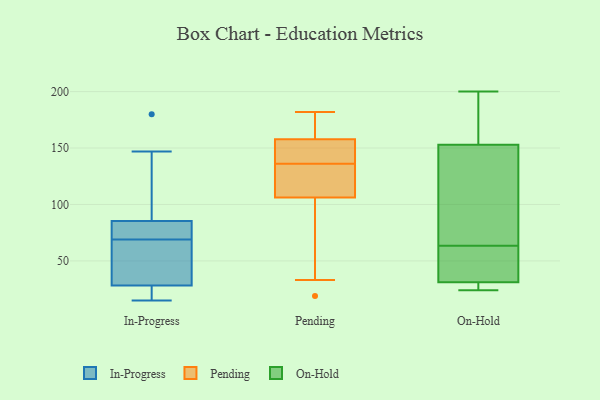
{"axis": {"x": "Market Share (%)", "y": "Value"}, "legend": ["In-Progress", "On-Hold", "Pending"], "data": [{"x": "", "y": 180, "type": "In-Progress"}, {"x": "", "y": 74, "type": "In-Progress"}, {"x": "", "y": 22, "type": "In-Progress"}, {"x": "", "y": 147, "type": "In-Progress"}, {"x": "", "y": 69, "type": "In-Progress"}, {"x": "", "y": 38, "type": "In-Progress"}, {"x": "", "y": 89, "type": "In-Progress"}, {"x": "", "y": 69, "type": "In-Progress"}, {"x": "", "y": 25, "type": "In-Progress"}, {"x": "", "y": 68, "type": "In-Progress"}, {"x": "", "y": 15, "type": "In-Progress"}, {"x": "", "y": 182, "type": "Pending"}, {"x": "", "y": 113, "type": "Pending"}, {"x": "", "y": 157, "type": "Pending"}, {"x": "", "y": 136, "type": "Pending"}, {"x": "", "y": 119, "type": "Pending"}, {"x": "", "y": 129, "type": "Pending"}, {"x": "", "y": 156, "type": "Pending"}, {"x": "", "y": 132, "type": "Pending"}, {"x": "", "y": 104, "type": "Pending"}, {"x": "", "y": 172, "type": "Pending"}, {"x": "", "y": 81, "type": "Pending"}, {"x": "", "y": 91, "type": "Pending"}, {"x": "", "y": 162, "type": "Pending"}, {"x": "", "y": 158, "type": "Pending"}, {"x": "", "y": 148, "type": "Pending"}, {"x": "", "y": 33, "type": "Pending"}, {"x": "", "y": 170, "type": "Pending"}, {"x": "", "y": 139, "type": "Pending"}, {"x": "", "y": 19, "type": "Pending"}, {"x": "", "y": 63, "type": "On-Hold"}, {"x": "", "y": 136, "type": "On-Hold"}, {"x": "", "y": 24, "type": "On-Hold"}, {"x": "", "y": 100, "type": "On-Hold"}, {"x": "", "y": 187, "type": "On-Hold"}, {"x": "", "y": 33, "type": "On-Hold"}, {"x": "", "y": 58, "type": "On-Hold"}, {"x": "", "y": 170, "type": "On-Hold"}, {"x": "", "y": 64, "type": "On-Hold"}, {"x": "", "y": 25, "type": "On-Hold"}, {"x": "", "y": 29, "type": "On-Hold"}, {"x": "", "y": 200, "type": "On-Hold"}]}